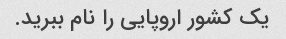
یک کشور اروپایی را نام ببرید.